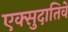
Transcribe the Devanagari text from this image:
एक्सुदातिवे